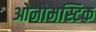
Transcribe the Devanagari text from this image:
ओनोमस्टिक